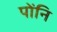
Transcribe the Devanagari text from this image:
पोंनि